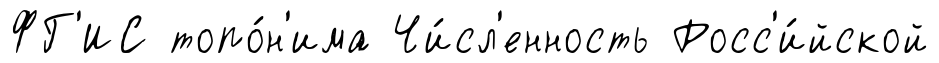
ФГ'ИС топо́н'има Чи́сл'енность Росс'и́йской